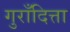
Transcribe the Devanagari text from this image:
गुराँदित्ता